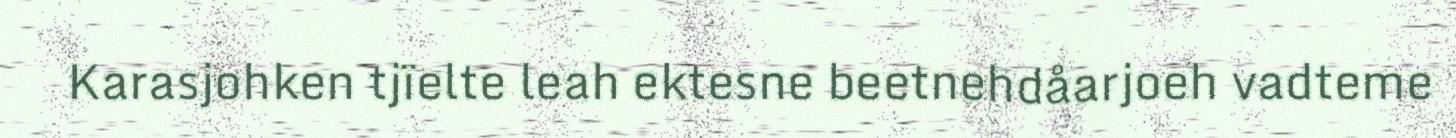
Karasjohken tjïelte leah ektesne beetnehdåarjoeh vadteme